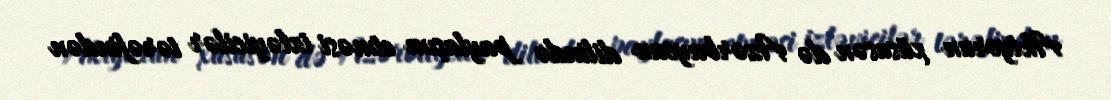
Aktyorun xüsusən də Azərbaycan dilində paylaşım etməsi izləyicilər tərəfindən